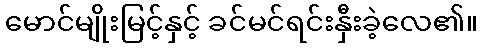
မောင်မျိုးမြင့်နှင့် ခင်မင်ရင်းနှီးခဲ့လေ၏။